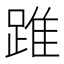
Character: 踓